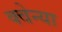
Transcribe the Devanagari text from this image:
क्वेन्या